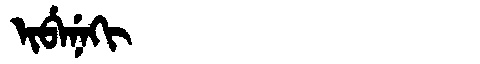
Manchu: ᡳᠪᡝᠨᡝᡴᡳ
Romanization: IBENEKI